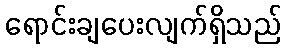
ရောင်းချပေးလျက်ရှိသည်